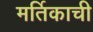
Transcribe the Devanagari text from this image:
मर्तिकाची